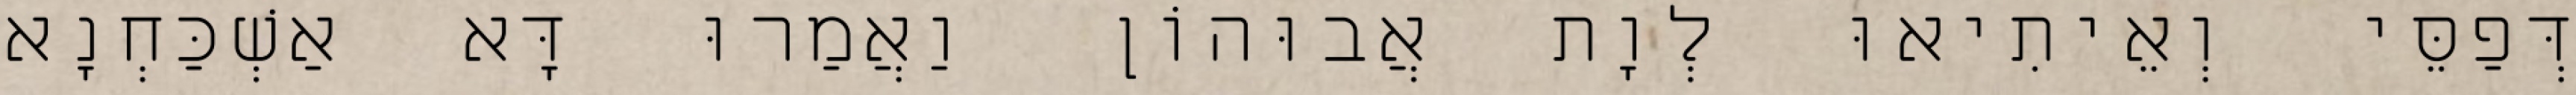
דְּפַסֵּי וְאֵיתִיאוּ לְוָת אֲבוּהוֹן וַאֲמַרוּ דָּא אַשְׁכַּחְנָא